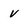
Character: v